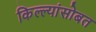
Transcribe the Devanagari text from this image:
किल्ल्यांसोबत